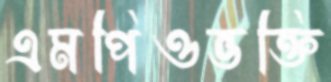
এমপিওভক্তি